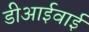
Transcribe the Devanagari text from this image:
डीआईवाई